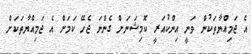
އެ ޖަމިއްޔާތަކުން ވަނީ އިންކުއަރީ ކޮމިޝަނަށް ގެންނަ ޖެހޭ ކަމަށް އެ ޖަމިއްޔާތަކަށް